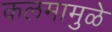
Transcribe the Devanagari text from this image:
कलमामुळे